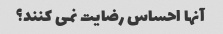
آنها احساس رضایت نمی کنند؟